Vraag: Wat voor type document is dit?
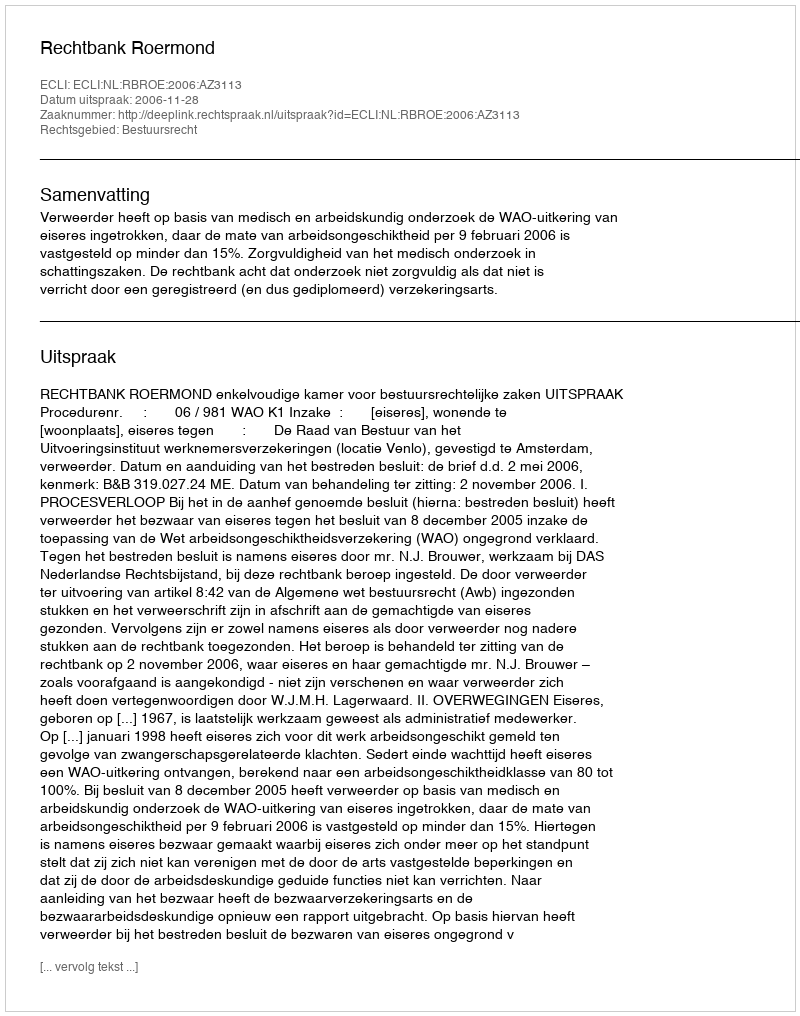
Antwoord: Uitspraak